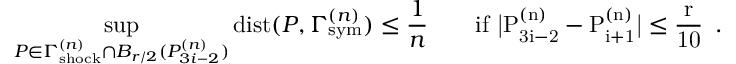
\operatorname* { s u p } _ { P \in \Gamma _ { \mathrm { { s h o c k } } } ^ { ( n ) } \cap B _ { r / 2 } ( P _ { 3 i - 2 } ^ { ( n ) } ) } { \mathrm { d i s t } } ( P , \Gamma _ { \mathrm { { s y m } } } ^ { ( n ) } ) \leq \frac { 1 } { n } \qquad \mathrm { i f ~ | P ^ { ( n ) } _ { 3 i - 2 } - P ^ { ( n ) } _ { i + 1 } | \leq \frac { r } { 1 0 } ~ } \, .